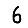
Digit: 6